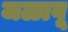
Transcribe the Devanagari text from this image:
जळावू